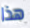
هذا